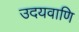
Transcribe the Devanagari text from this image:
उदयवाणि